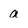
Character: a